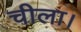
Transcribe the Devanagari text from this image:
चीला।